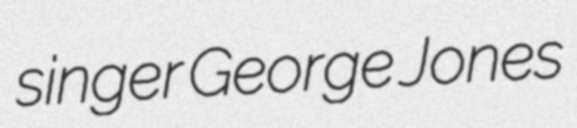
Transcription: singer George Jones